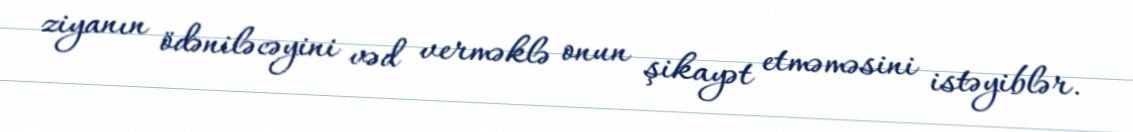
ziyanın ödəniləcəyini vəd verməklə onun şikayət etməməsini istəyiblər.